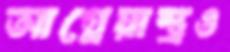
আগ্নেয়াস্ত্রও